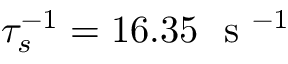
\tau _ { s } ^ { - 1 } = 1 6 . 3 5 ~ \mathrm { ~ s ~ } ^ { - 1 }